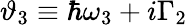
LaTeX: \vartheta_{3}\equiv\hbar\omega_{3}+i\Gamma_{2}